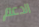
الدعم